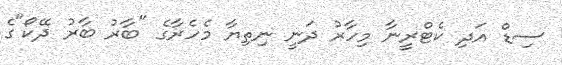
ސިޑް އަދި ކެޓްރީނާ މިހާރު ދަނީ ނިތިޔާ މެހެރާގެ "ބާރު ބާރު ދޭކޯ"ގެ